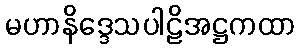
မဟာနိဒ္ဒေသပါဠိအဋ္ဌကထာ